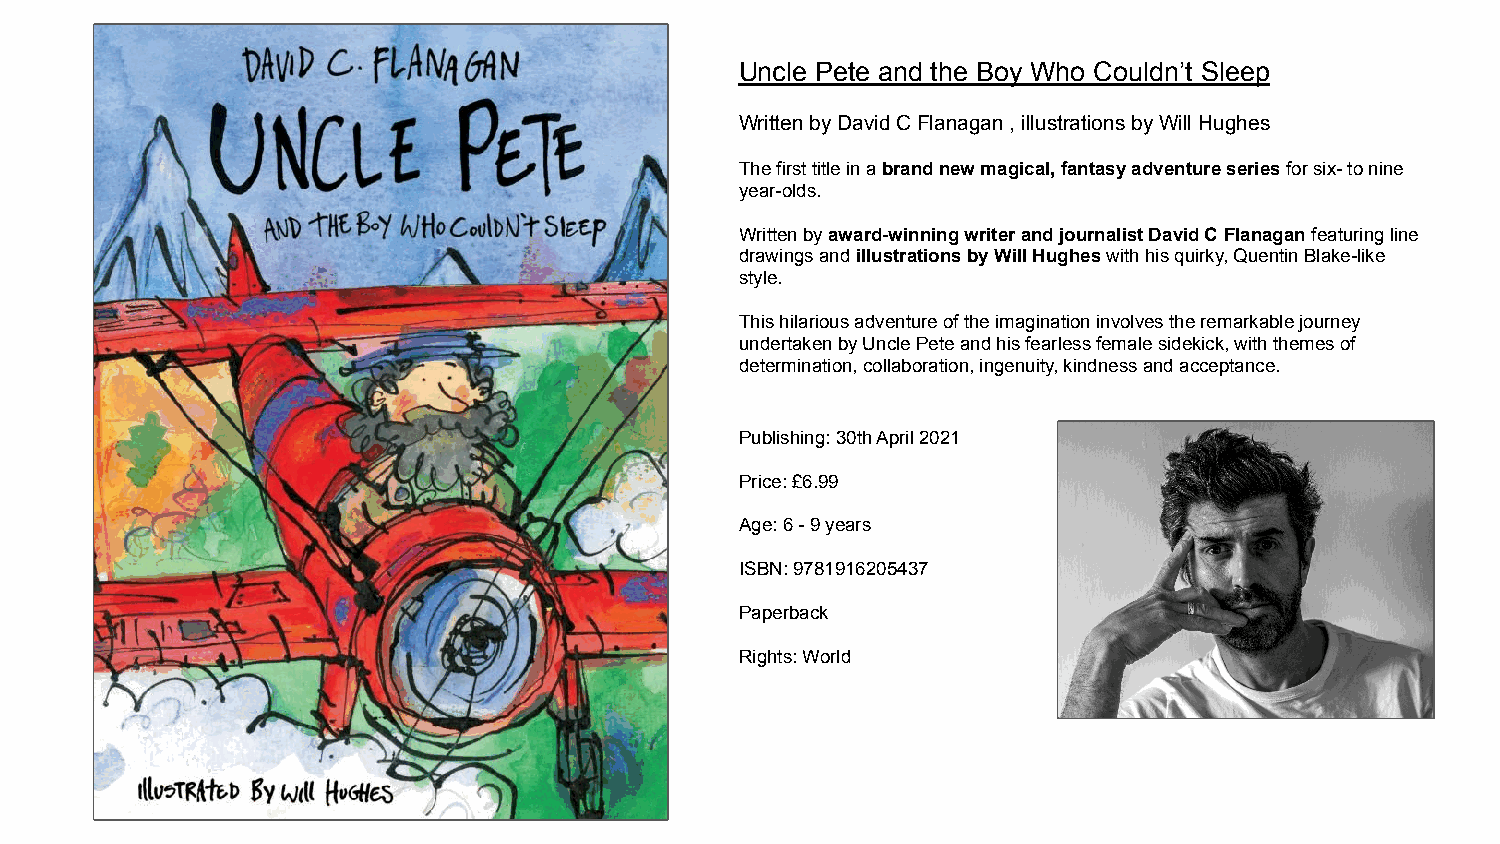
Uncle Pete and the Boy Who Couldn’t Sleep
 Written by David C Flanagan , illustrations by Will Hughes
 The first title in a brand new magical, fantasy adventure series for six- to nine
 year-olds.
 Written by award-winning writer and journalist David C Flanagan featuring line
 drawings and illustrations by Will Hughes with his quirky, Quentin Blake-like
 style.
 This hilarious adventure of the imagination involves the remarkable journey
 undertaken by Uncle Pete and his fearless female sidekick, with themes of
 determination, collaboration, ingenuity, kindness and acceptance.
 Publishing: 30th April 2021
 Price: £6.99
 Age: 6 - 9 years
 ISBN: 9781916205437
 Paperback
 Rights: World